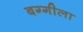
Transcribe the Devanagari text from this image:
बग्गीला